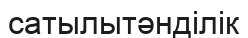
сатылытәнділік